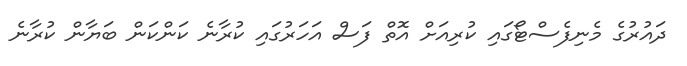
ދައުރުގެ މެނިފެސްޓޯގައި ކުރިއަށް އޮތް ފަސް އަހަރުގައި ކުރާނެ ކަންކަން ބަޔާން ކުރާނެ